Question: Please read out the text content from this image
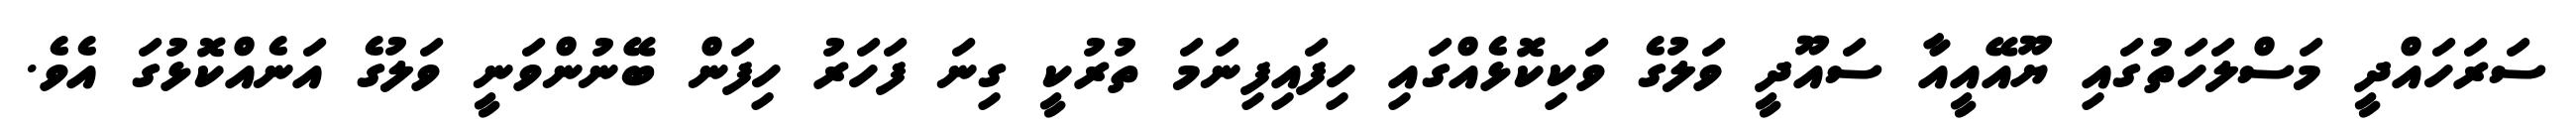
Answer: ސަރަހައްދީ މަސްލަހަތުގައި ޔޫއޭއީއާ ސައޫދީ ވަލުގެ ވަކިކޮޅެއްގައި ހިފައިފިނަމަ ތުރުކީ ގިނަ ފަހަރު ހިފަން ބޭނުންވަނީ ވަލުގެ އަނެއްކޮޅުގަ އެވެ.